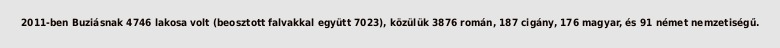
2011-ben Buziásnak 4746 lakosa volt (beosztott falvakkal együtt 7023), közülük 3876 román, 187 cigány, 176 magyar, és 91 német nemzetiségű.